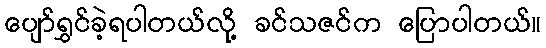
ပျော်ရွှင်ခဲ့ရပါတယ်လို့ ခင်သဇင်က ပြောပါတယ်။